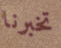
تخبرنا